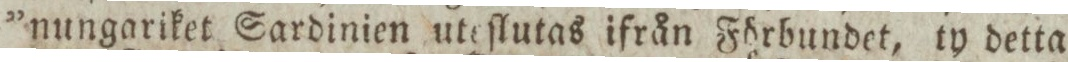
”nungariket Sardinien uteſlutas ifrån Förbundet, ty detta